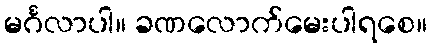
မင်္ဂလာပါ။ ခဏလောက်မေးပါရစေ။